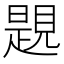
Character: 𧡨